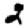
Digit: 2